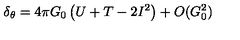
\delta _ { \theta } = 4 \pi G _ { 0 } \left( U + T - 2 I ^ { 2 } \right) + O ( G _ { 0 } ^ { 2 } )